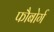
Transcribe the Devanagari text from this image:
फौबोर्ग